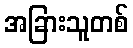
အခြားသူတစ်